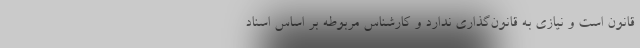
قانون است و نیازی به قانون‌گذاری ندارد و کارشناس مربوطه بر اساس اسناد